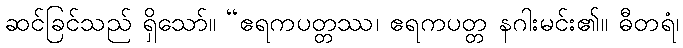
ဆင်ခြင်သည် ရှိသော်။ “ဧရကပတ္တဿ၊ ဧရကပတ္တ နဂါးမင်း၏။ ဓီတရံ၊